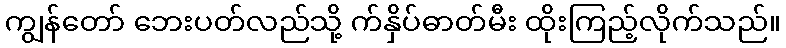
ကျွန်တော် ဘေးပတ်လည်သို့ က်နှိပ်ဓာတ်မီး ထိုးကြည့်လိုက်သည်။